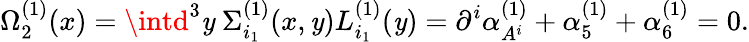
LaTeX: \Omega_{2}^{(1)}(x)=\intd^{3}\mathit{y}\ \Sigma_{i_{1}}^{(1)}(x,\mathit{y})L_{i_{1}}^{(1)}(\mathit{y})=\partial^{i}\alpha_{A^{i}}^{(1)}+\alpha_{5}^{(1)}+\alpha_{6}^{(1)}=0.